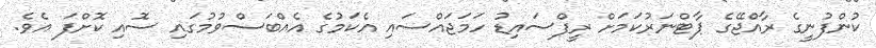
ކުންފުނީގެ ރާއްޖޭގެ ޕާޓްނަރުކަމަށް ރީފްސައިޑު ހަމަޖައްސައި އެކަމުގެ އެއްބަސްވުމުގައި ސޮއި ކޮށްފަ އެވެ.